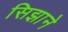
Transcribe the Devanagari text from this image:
सिझाने